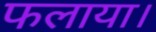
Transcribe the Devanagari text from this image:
फलाया।